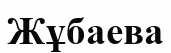
Жұбаева